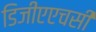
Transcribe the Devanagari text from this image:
डिजीएएचसी